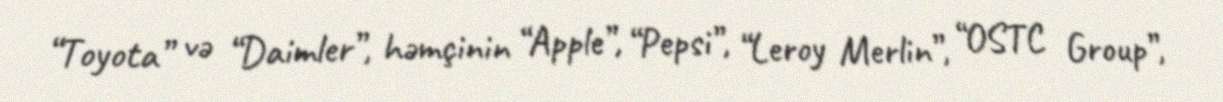
“Toyota” və “Daimler”, həmçinin “Apple”, “Pepsi”, “Leroy Merlin”, “OSTC Group”,